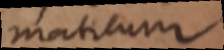
maticum